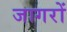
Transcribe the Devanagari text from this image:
जागरों